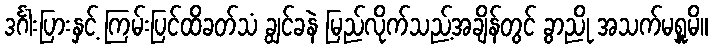
ဒင်္ဂါးပြားနှင့် ကြမ်းပြင်ထိခတ်သံ ချွင်ခနဲ မြည်လိုက်သည့်အချိန်တွင် ခွာညို အသက်မရှူမိ။